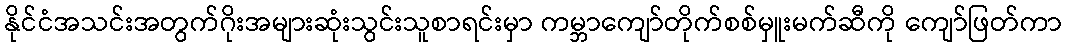
နိုင်ငံအသင်းအတွက်ဂိုးအများဆုံးသွင်းသူစာရင်းမှာ ကမ္ဘာကျော်တိုက်စစ်မှူးမက်ဆီကို ကျော်ဖြတ်ကာ